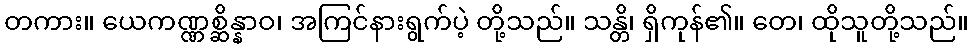
တကား။ ယေကဏ္ဏစ္ဆိန္နာဝ၊ အကြင်နားရွက်ပဲ့ တို့သည်။ သန္တိ၊ ရှိကုန်၏။ တေ၊ ထိုသူတို့သည်။